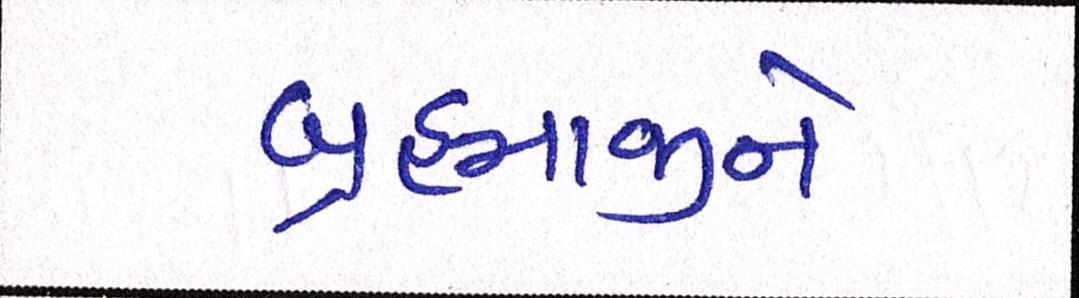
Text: બ્રહ્માજીને